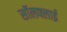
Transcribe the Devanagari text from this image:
सॉलफ्लाई